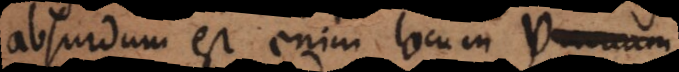
absurdum est enim locum vacuum